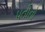
પતીનો